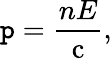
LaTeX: \mathtt{p}={\frac{{nE}}{{\mathrm{{c}}}}},